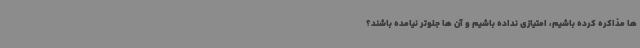
ها مذاکره کرده باشیم، امتیازی نداده باشیم و آن ها جلوتر نیامده باشند؟